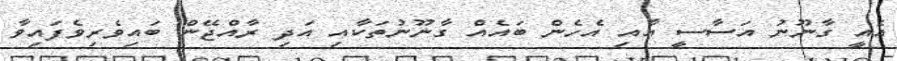
އެއީ ގާނޫނު އަސާސީ އާއި އެހެން ބައެއް ގާނޫނުތަކާއި އަދި ރާއްޖޭން ބައިވެރިވެފައިވާ